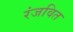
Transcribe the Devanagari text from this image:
रंजवित